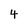
Character: 4